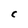
Character: C